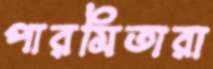
পারমিতারা